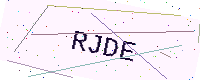
Text: RJDE